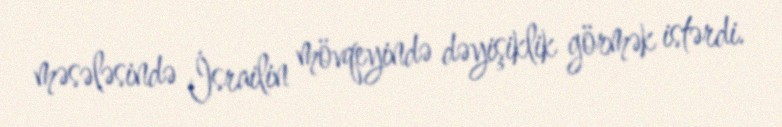
məsələsində İsrailin mövqeyində dəyişiklik görmək istərdi.